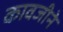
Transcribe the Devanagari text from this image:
कावजीने